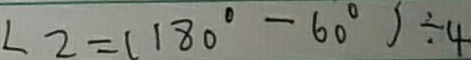
\angle 2 = ( 1 8 0 ^ { \circ } - 6 0 ^ { \circ } ) \div 4